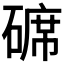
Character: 𥔷